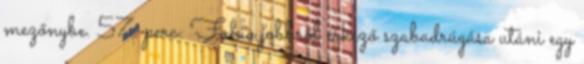
mezőnybe. 57. perc: Fabio jobbról érkező szabadrúgása utáni egy